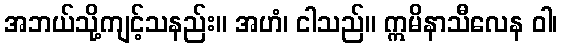
အဘယ်သို့ကျင့်သနည်း။ အဟံ၊ ငါသည်။ ဣမိနာသီလေန ဝါ၊